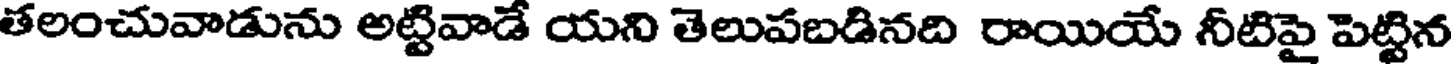
తలంచువాడును అట్టివాడ యని తెలుపబడినది రాయియే నీటిపై పెట్టిన